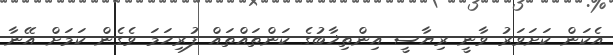
އެކަން ކަށަވަރު ވާނީ ރިޔާސީ އިންތިޚާބުގެ ކަންތައްތައް ފުރިހަމަ ވެގެން ކަމަށް އޭނާ